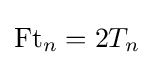
\operatorname {Ft} _{n}=2T_{n}